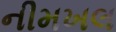
નીમખલ